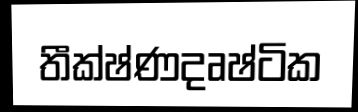
තීක්ෂ්ණදෘෂ්ටික